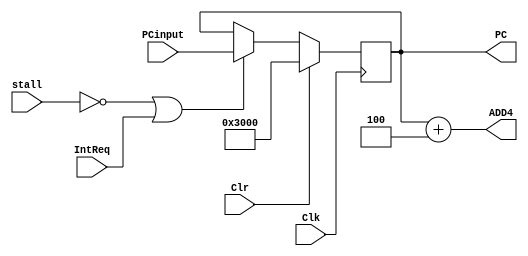
`timescale 1ns / 1ps
//////////////////////////////////////////////////////////////////////////////////
// Company: 
// Engineer: 
// 
// Design Name: 
// Module Name:    im 
// Project Name: 
// Target Devices: 
// Tool versions: 
// Description: 
//
// Dependencies: 
//
// Revision: 
// Revision 0.01 - File Created
// Additional Comments: 
//
//////////////////////////////////////////////////////////////////////////////////
module ifu(
    input [31:0] PCinput,
	 input Clk,
    input Clr,
	 input stall,
	 input IntReq,
	 output reg [31:0] PC,
	 output [31:0] ADD4
    );
	assign ADD4 = PC + 4;
	always @(posedge Clk)
	if (Clr) PC <= 32'h00003000;
	else if (!stall || IntReq) PC <= PCinput;
endmodule


module im(
	input [10:0] Addr,
	output [31:0] Data
	);
	reg [31:0] rom [2047:0];
	initial begin
		$readmemh("code.txt", rom);
		$readmemh("handler.txt", rom, 1120, 2047);
	end;
	wire [10:0] nA;
   assign nA = {~Addr[10], Addr[9:0]};
	assign Data = rom[nA];
endmodule